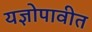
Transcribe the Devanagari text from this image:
यज्ञोपावीत